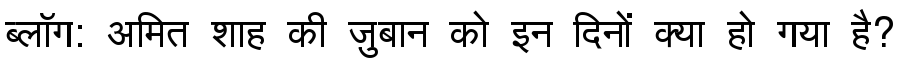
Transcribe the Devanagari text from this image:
ब्लॉग: अमित शाह की ज़ुबान को इन दिनों क्या हो गया है?